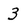
Character: 3